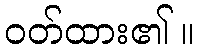
ဝတ်ထား၏ ။